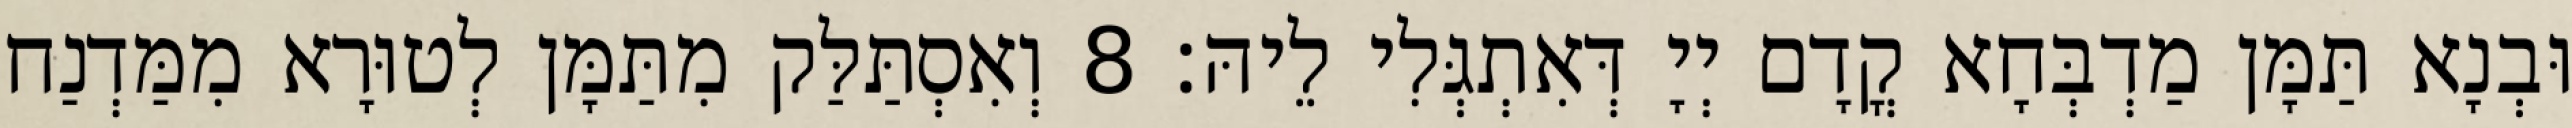
וּבְנָא תַּמָּן מַדְבְּחָא קֳדָם יְיָ דְּאִתְגְּלִי לֵיהּ׃ 8 וְאִסְתַּלַּק מִתַּמָּן לְטוּרָא מִמַּדְנַח